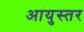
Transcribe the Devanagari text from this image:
आयुस्तर